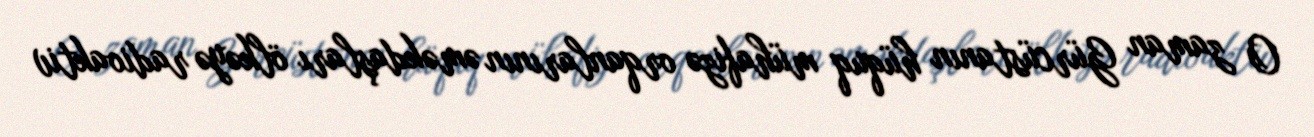
O zaman Gürcüstanın hüquq mühafizə orqanlarının əməkdaşları ölkəyə radioaktiv